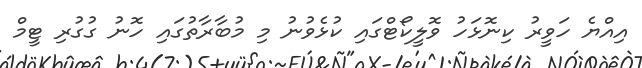
އިއްޔެ ހަވީރު ކިނޮޅަހު ވޮލީކޯޓްގައި ކުޅެވުނު މި މުބާރާތުގައި ހޮނު ގުގުރި ޓީމް